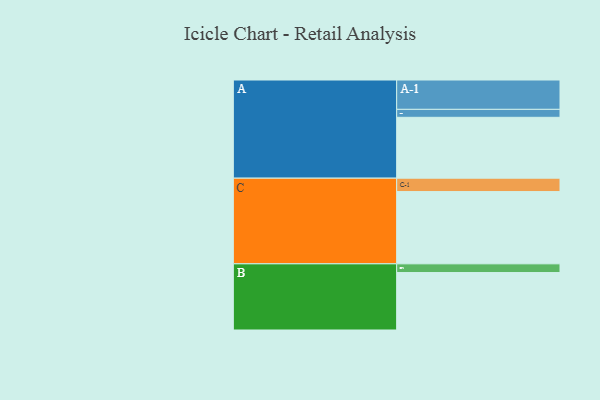
{"axis": {"x": "Segment", "y": "Value"}, "legend": ["", "A", "B", "C"], "data": [{"x": "A", "y": 481, "type": ""}, {"x": "B", "y": 454, "type": ""}, {"x": "C", "y": 571, "type": ""}, {"x": "A-1", "y": 232, "type": "A"}, {"x": "A-2", "y": 63, "type": "A"}, {"x": "B-1", "y": 69, "type": "B"}, {"x": "C-1", "y": 106, "type": "C"}]}